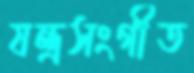
যন্ত্রসংগীত